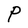
Character: P